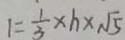
1 = \frac { 1 } { 3 } \times h \times \sqrt { 5 }